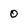
Character: 0